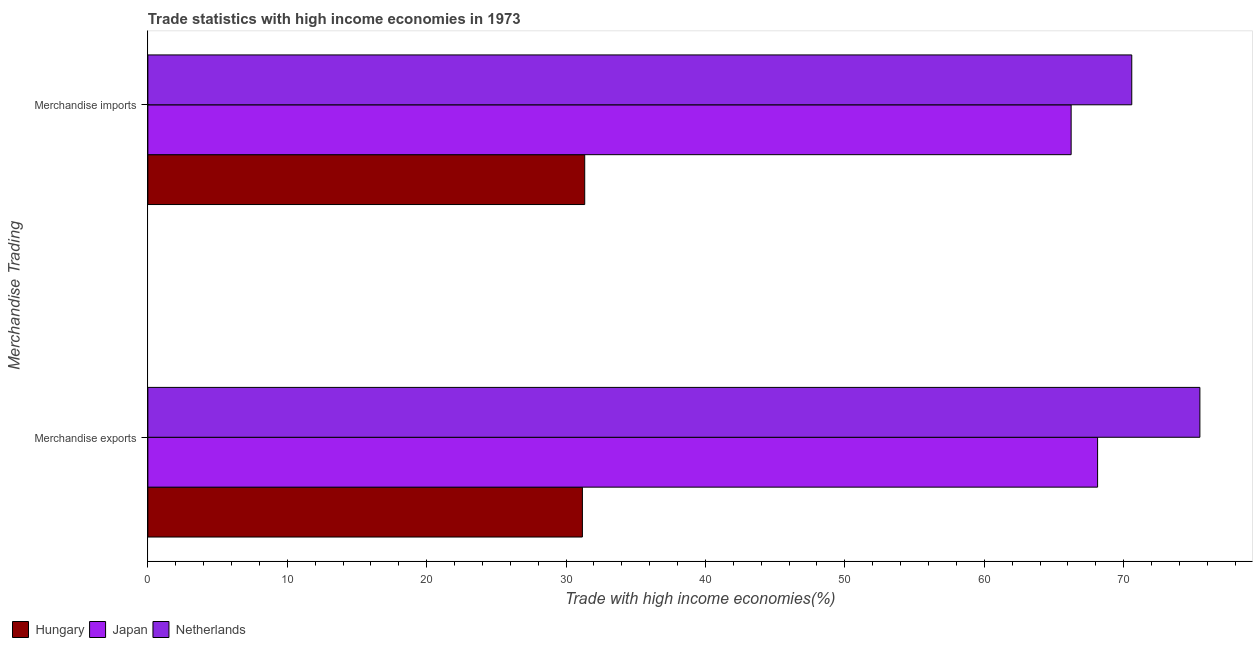
| Merchandise Trading | Hungary | Japan | Netherlands |
 | --- | --- | --- | --- |
 | Merchandise exports | 31.2 | 68.1 | 75.5 |
 | Merchandise imports | 31.3 | 66.2 | 70.6 |